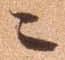
ニ